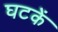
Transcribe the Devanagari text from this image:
घटकें